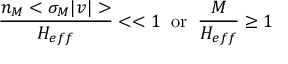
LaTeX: \frac { n _ { M } < \sigma _ { M } | v | > } { H _ { e f f } } < < 1 \; \; \mathrm { o r } \; \; \frac { M } { H _ { e f f } } \geq 1